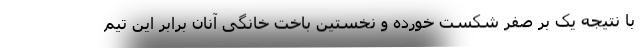
با نتیجه یک بر صفر شکست خورده و نخستین باخت خانگی آنان برابر این تیم